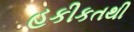
હકીકતથી